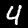
Digit: 4